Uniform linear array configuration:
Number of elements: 12
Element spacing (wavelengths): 0.25
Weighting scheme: cosine
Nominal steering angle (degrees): -45
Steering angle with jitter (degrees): -44.291
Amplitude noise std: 0.05
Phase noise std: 0.05

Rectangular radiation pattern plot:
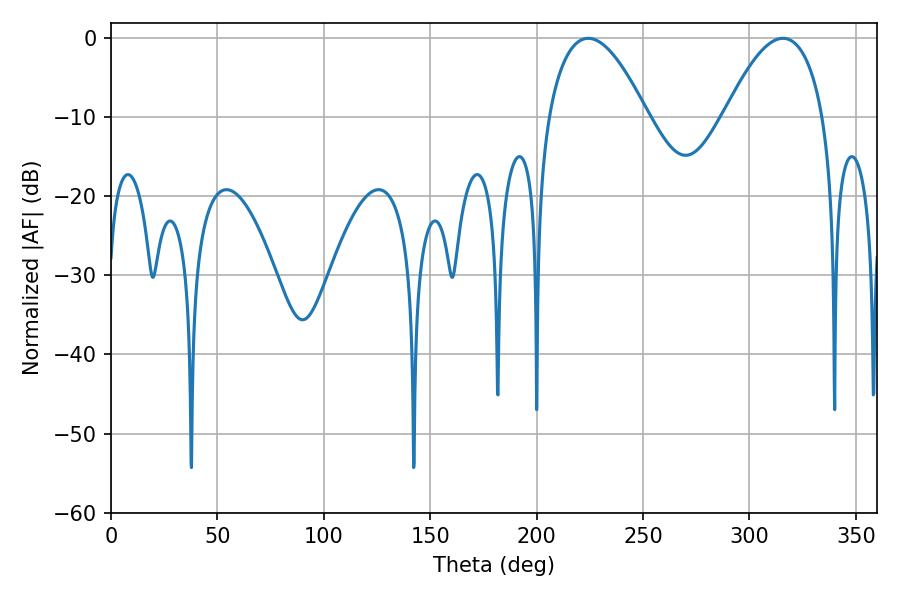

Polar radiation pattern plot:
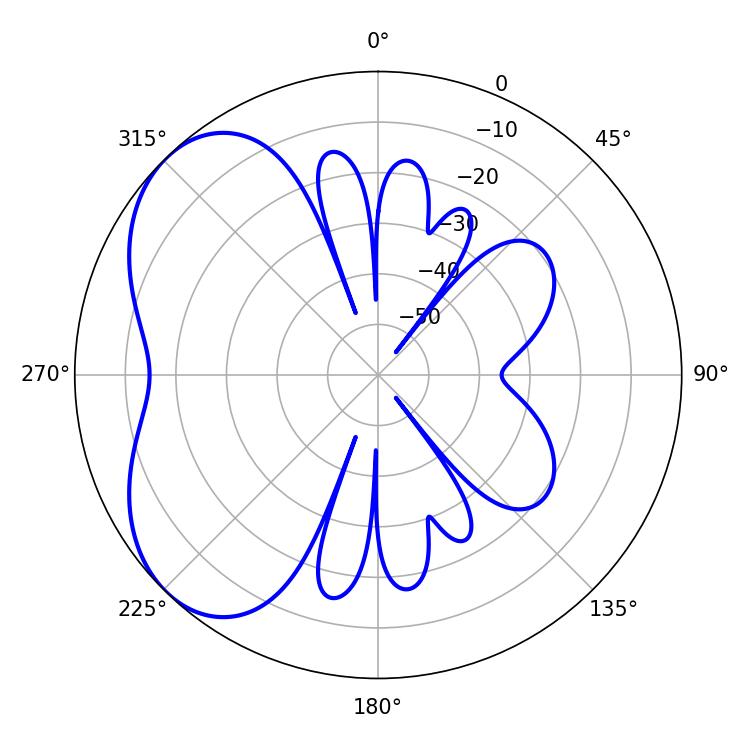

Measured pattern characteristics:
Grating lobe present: FALSE
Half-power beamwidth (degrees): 25.56
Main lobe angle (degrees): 224.28